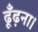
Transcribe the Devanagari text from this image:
ढूँढ़ना।